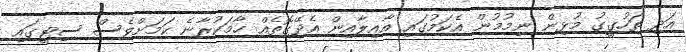
އަދި ތަހުގީގު މުޅިން ނިމުމުން އެކަމުގައި އާއިލާއިން އެދޭގޮތެއް ހާމަކުރާނެ ކަމަށްވެސް ސިޓީގައި